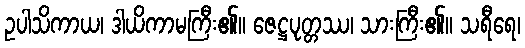
ဥပါသိကာယ၊ ဒါယိကာမကြီး၏။ ဇေဋ္ဌပုတ္တဿ၊ သားကြီး၏။ သရီရေ၊